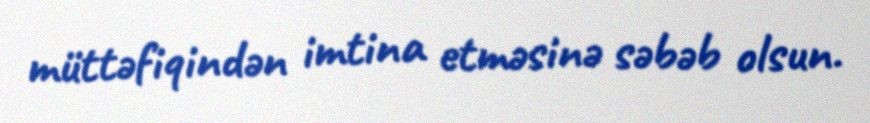
müttəfiqindən imtina etməsinə səbəb olsun.